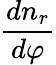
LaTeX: \frac{dn_{r}}{d\varphi}